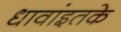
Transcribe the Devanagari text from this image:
धावांइतके